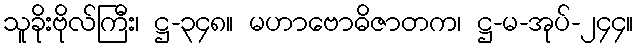
သူခိုးဗိုလ်ကြီး၊ ဋ္ဌ-၃၄၈။ မဟာဗောဓိဇာတက၊ ဋ္ဌ-မ-အုပ်-၂၄၄။